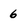
Character: 6